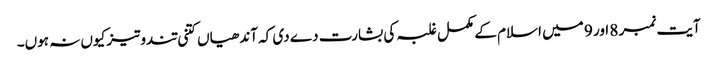
آیت نمبر 8 اور 9 میں اسلام کے مکمل غلبہ کی بشارت دے دی کہ آندھیاں کتنی تندوتیز کیوں نہ ہوں۔